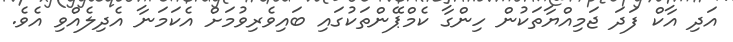
އަދި އާކް ފަދަ ޖަމިއްޔާތަކުން ހިންގާ ކެމްޕޭންތަކުގައި ބައިވެރިވުމަށް އެކަމަނާ އެދިލެއްވި އެވެ.